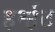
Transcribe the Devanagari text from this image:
हर्न्हट